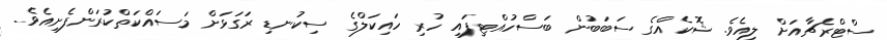
ސްޓްރެޗާއަށް ލިއެވެ. ޝޮކެއްގެ ސަބަބުން ބަސްހުއްޓިފައި ހުރި ހައިކަލްގެ ސިކުނޑި ރަގަޅަށް މަސައްކަތްކުރަންފެށިއެވެ.